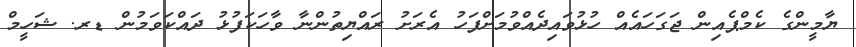
ޔާމީންގެ ކެމްޕެއިން ޖަގަހައެއް ހުޅުވައިދެއްވުމަށްފަހު އެރަށު ރައްޔިތުންނާ ވާހަކަފުޅު ދައްކަވަމުން ޑރ. ޝަހީމް